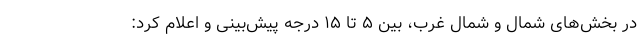
در بخش‌های شمال و شمال غرب، بین ۵ تا ۱۵ درجه پیش‌بینی و اعلام کرد: